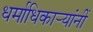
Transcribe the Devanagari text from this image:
धर्माधिकार्‍यांनीं